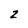
Character: z